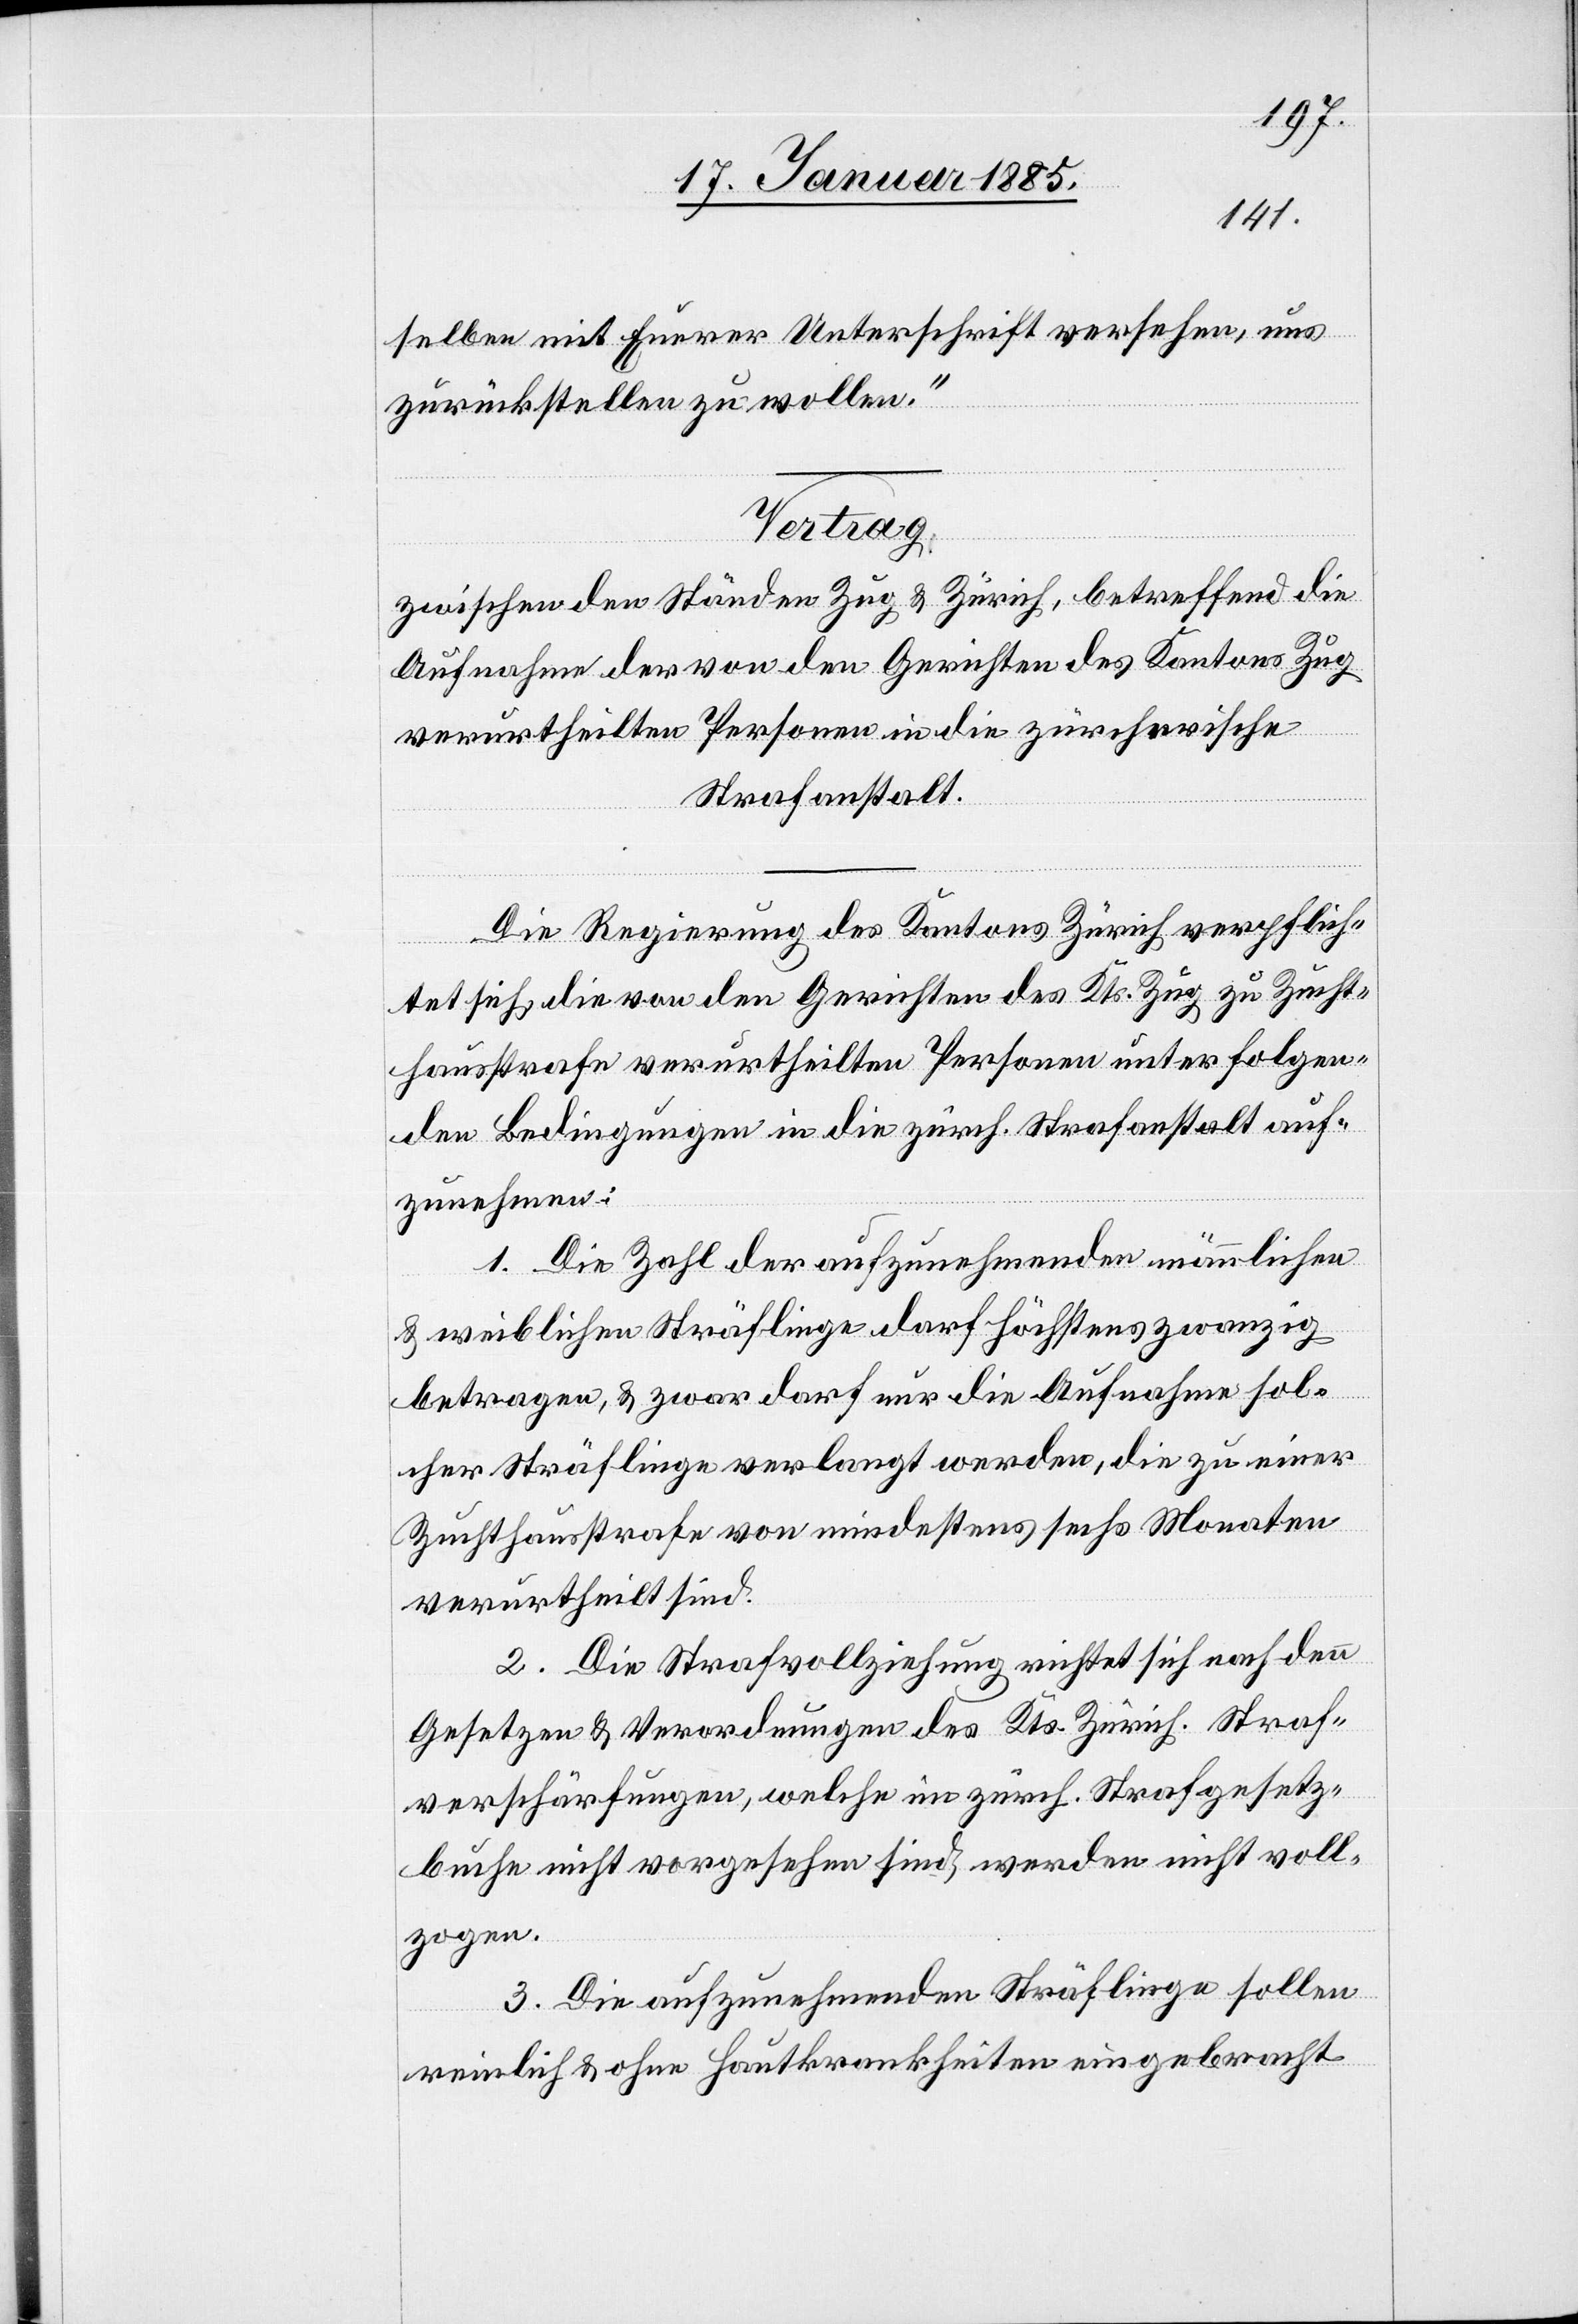
selben mit Eurer Unterschrift versehen, uns
zurückstellen zu wollen.“
Vertrag
zwischen den Ständen Zug & Zürich, betreffen die
Aufnahme der von den Gerichten des Kantons Zug
verurtheilten Personen in die zürcherische
Strafanstalt.
Die Regierung des Kantons Zürich verpflich¬
tet sich, die von den Gerichten des Kts. Zug zu Zucht¬
hausstrafe verurtheilten Personen unter folgen¬
den Bedingungen in die zürch. Strafanstalt auf¬
zunehmen:
1. Die Zahl der aufzunehmenden männlichen
& weiblichen Sträflinge darf höchstens zwanzig
betragen, & zwar darf nur die Aufnahme sol¬
cher Sträflinge verlangt werden, die zu einer
Zuchthausstrafe von mindestens sechs Monaten
verurtheilt sind.
2. Die Strafvollziehung richtet sich nach den
Gesetzen & Verordnungen des Kts. Zürich. Straf¬
verschärfungen, welche im zürch. Strafgesetz¬
buche nicht vorgesehen sind, werden nicht voll¬
zogen.
3. Die aufzunehmenden Sträflinge sollen
reinlich & ohne Hautkrankheiten eingebracht